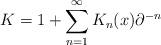
LaTeX: \begin{align*}K = 1 + \sum_{n=1}^\infty K_n (x) \partial^{-n}\end{align*}